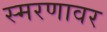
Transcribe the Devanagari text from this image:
स्मरणावर